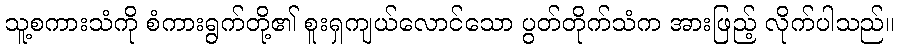
သူ့စကားသံကို စံကားရွက်တို့၏ စူးရှကျယ်လောင်သော ပွတ်တိုက်သံက အားဖြည့် လိုက်ပါသည်။